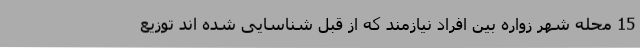
15 محله شهر زواره بین افراد نیازمند که از قبل شناسایی شده اند توزیع